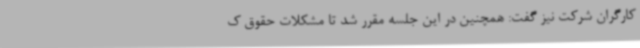
کارگران شرکت نیز گفت: همچنین در این جلسه مقرر شد تا مشکلات حقوق ک